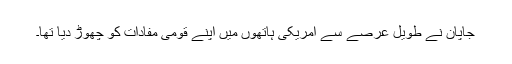
جاپان نے طویل عرصے سے امریکی ہاتھوں میں اپنے قومی مفادات کو چھوڑ دیا تھا۔